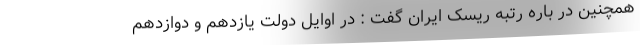
همچنین در باره رتبه ریسک ایران گفت : در اوایل دولت یازدهم و دوازدهم